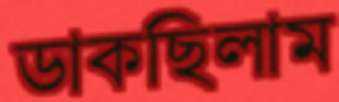
ডাকছিলাম